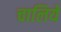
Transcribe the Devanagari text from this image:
चालिये